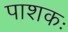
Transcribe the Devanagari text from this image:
पाशकः